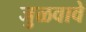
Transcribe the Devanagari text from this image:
जुळवावे